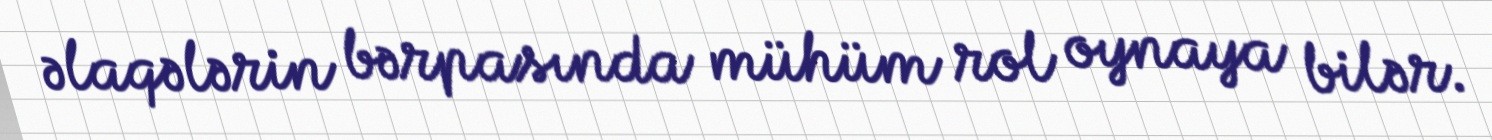
əlaqələrin bərpasında mühüm rol oynaya bilər.